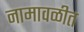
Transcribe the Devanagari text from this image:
नामावळीत